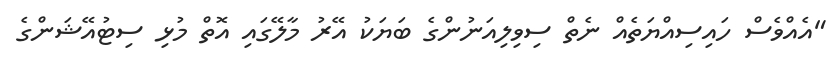
"އެއްވެސް ހައިސިއްޔަތެއް ނެތް ސިވިލިއަނުންގެ ބަޔަކު އޭރު މާލޭގައި އޮތް މުޅި ސިޓުއޭޝަންގެ